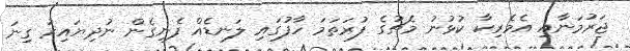
ޖަރުމަނާއި އެމެރިކާ ކުޅުނު މެޗުގެ ފުރަތަމަ ހާފުގައި ލަނޑެއް ފެނިގެން ނުދިޔައިރު ގިނަ